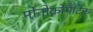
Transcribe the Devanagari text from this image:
मोनोक्रोमैटिक